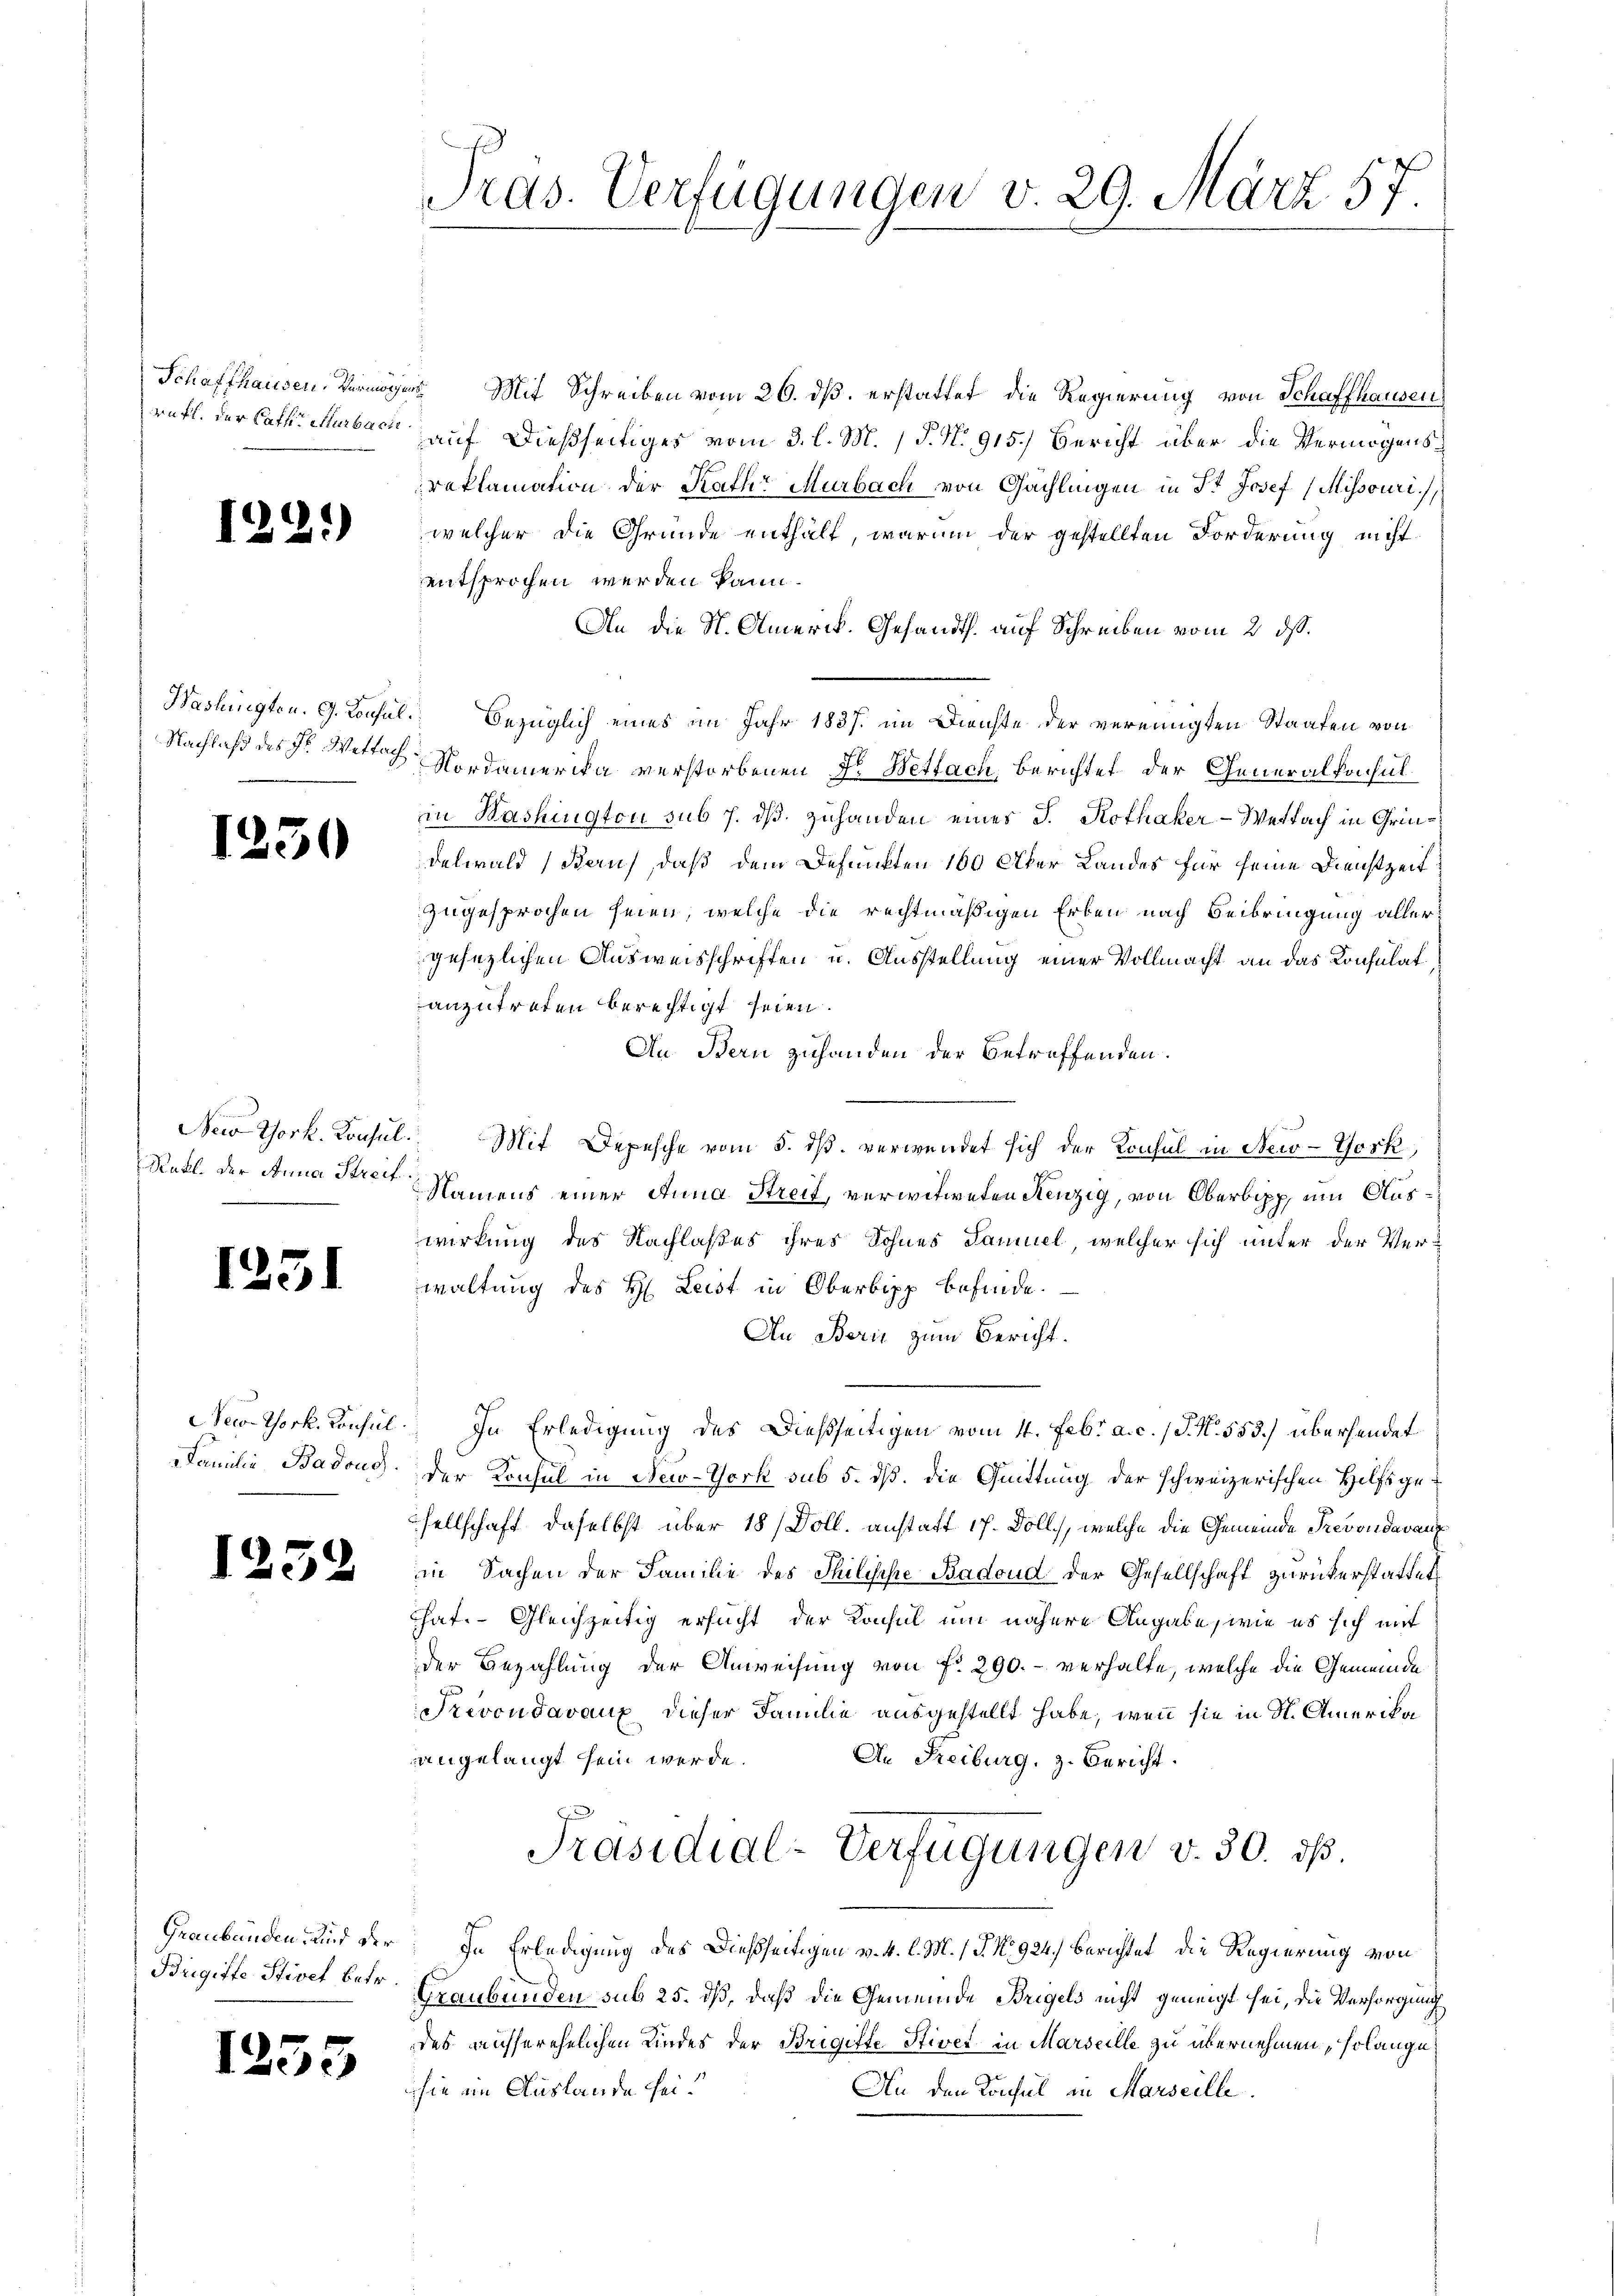
1

Nachlaß des Hr. Wettach

1

Rakl. der Anna Streif.

1

I.

19

.

)

150

51

e

Brigifte Stivet betr.

5

59

3

Pras. Verfügungen v. 29. März 57

Schaffhausen, Vermögen Mit Schreiben vom 26. ds. erstattet die Regierung von Schaffhausen
ruft, der Cathe Murbach auf dießseitiges vom 3. l. M. P. N. 915.) Bericht über die Vermögensreklamation der Rath Murbach von Gächlingen in St. Josef (Mihsouri
welcher die Gründe enthält, warum der gestellten Forderung nicht
entsprochen werden kann.
An die St. Amerik. Gesandts. auf Schreiben vom 2. ds.
Washingten. G. Konsul bezüglich eines im Jahr 1837. im Dienste der vereinigten Staaten von
Nordamerika verstorbenen Dr. Bettach, Berichtet der Generalkonsulin Washington sub 7. ds. zuhanden eines J. Rothaker-Weifach in Grindelwald (Baus, daß dem Depunkten 160 Aker Landes für seine Dienstzeit
zugesprochen seien, welche die rechtmäßigen Erben nach Beibringung aller
gesezlichen Ausweisschriften u. Ausstellung einer Vollmacht an das Konsulat
anzutreten berechtigt seien.
An Bern zuhanden der betreffenden.
New York. Konsul. Mit Depesche vom 5. dß. verwendet sich der Konsul in New-York,
Namens einer Anna Streit, verwitweten Kenzig, von Oberbipp, um Auswirkung des Nachlaßes ihres Sohnes Samuel, welcher sich unter der Verwaltung des H. Leist in Oberbipp befinde.
An Bern zum Bericht.
New-York, Konsul. In Erledigung des Dießseitigen vom 4. Febr. a. c. 1 S. N. 553.) übersendet
Familie Badous. Der Konsul in New-York sub 5. dß. Die Quittung der schweizerischen Hilfsgesellschaft, daselbst über 18 / Doll. anstatt 17. Döll, welche die Gemeinde Prevondavaux
in Sachen der Familie des Thilische Badoud der Gesellschaft zurückerstattet,
Chat. Gleichzeitig ersucht der Konsul um nähere Angabe, wie es sich mit
der Bezahlung der Anweisung von f. 290. - verhalte, welche die Gemeinde
Prevondavaux dieser Familie ausgestellt habe, wenn sie in St. Amerikan
angelangt sein werde.
An Reiburg, z. Bericht.
Präsidial-Verfügungen v. 30. ds.
Graubünden, und der In Erledigung des Dießseitigen v. 4. l. M. (T. No. 924.) Berichtet, die Regierung von
Graubünden sub 25. dß, daß die Gemeinde Bregels nicht geneigt sei, die Versorgung
des ausserehelichen Kindes der Brigifte Stiver in Marseille zu übernehmen, solange
sie im Auslande sei.
An den Konsul in Marseille.